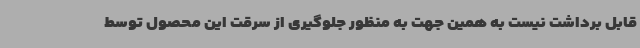
قابل برداشت نیست به همین جهت به منظور جلوگیری از سرقت این محصول توسط